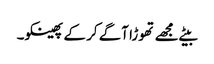
بیٹے مجھے تھوڑا آگے کر کے پھینکو۔